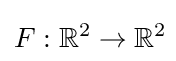
F:\mathbb {R} ^{2}\to \mathbb {R} ^{2}\!